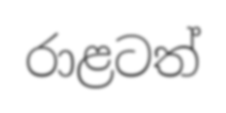
රාළටත්